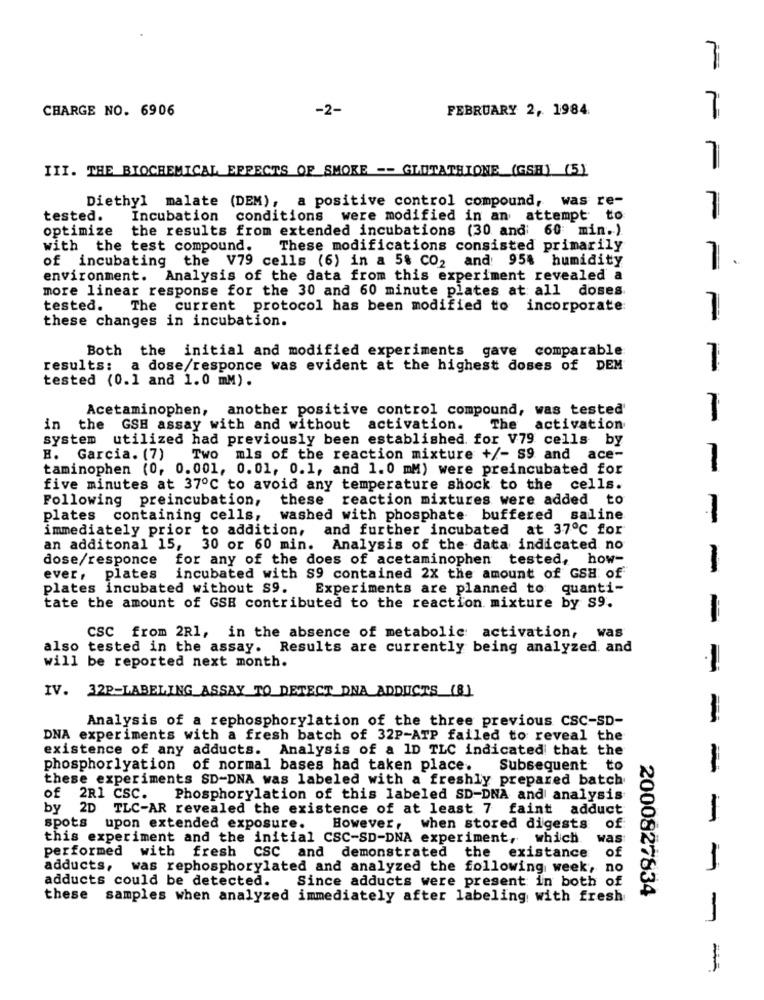
CHARGE NO. 6906
-2-
FEBRUARY 2, 1984.
7
III. THE BIOCHEMICAL EFFECTS OF SMOKE -- GLUTATHIONE (GSH) (5)
Diethyl malate (DEM), a positive control compound, was re-
tested.
Incubation conditions were modified in an attempt to
optimize
the results from extended incubations (30 and 60 min.)
with the test compound. These modifications consisted primarily
of incubating the V79 cells (6) in a 5% CO2 and 95% humidity
1 .
environment. Analysis of the data from this experiment revealed a
more linear response for the 30 and 60 minute plates at all doses
tested.
The current protocol has been modified to incorporate
these changes in incubation.
Both the initial and modified experiments gave comparable
7.
results:
a dose/responce was evident at the highest doses of DEM
tested (0.1 and 1.0 mM).
Acetaminophen, another positive control compound, was tested'
in the GSH assay with and without activation.
The activation
system utilized had previously been established. for V79 cells by
B. Garcia. (7)
Two mls of the reaction mixture +/- S9 and ace-
taminophen (0, 0.001, 0.01, 0.1, and 1.0 mM) were preincubated for
-
five minutes at 370℃ to avoid any temperature shock to the cells.
Following preincubation,
these reaction mixtures were added to
plates containing cells,
washed with phosphate buffered saline
-
immediately prior to addition,
and further incubated at 37℃ for
an additonal 15, 30 or 60 min. Analysis of the data indicated no
dose/responce
for any of the does of acetaminophen tested, how-
-
ever, plates
incubated with S9 contained 2X the amount of GSH of
plates incubated without s9.
Experiments are planned to quanti-
tate the amount of GSE contributed to the reaction mixture by S9.
-
CSC from 2R1, in the absence of metabolic: activation,
was
also tested in the assay. Results are currently being analyzed. and
will be reported next month.
-
IV. 32P-LABELING ASSAY TO DETECT DNA ADDUCTS (8)
Analysis of a rephosphorylation of the three previous CSC-SD-
DNA experiments with a fresh batch of 32P-ATP failed to reveal the
existence of any adducts. Analysis of a ID TLC indicated that the
phosphorlyation of normal bases had taken place.
Subsequent to
these experiments SD-DNA was labeled with a freshly prepared batch
--
of 2R1 CSC.
Phosphorylation of this labeled SD-DNA and analysis
by
2D TLC-AR revealed the existence of at least 7 faint adduct
spots upon extended exposure.
However, when stored digests of
this experiment and the initial CSC-SD-DNA experiment, which
was
performed with fresh CSC and demonstrated the existance of
adducts,
was rephosphorylated and analyzed the following week, no
adducts could be detected.
Since adducts were present in both of
2000827834
these samples when analyzed immediately after labeling with fresh
-